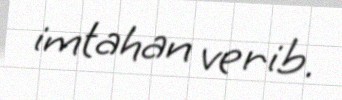
imtahan verib.